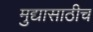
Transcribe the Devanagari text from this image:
मुद्यासाठीच